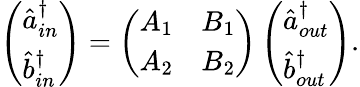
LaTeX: \left(\begin{array}{l}{\hat{a}_{in}^{\dagger}}\\ {\hat{b}_{in}^{\dagger}}\end{array}\right)=\left(\begin{array}{ll}{A_{1}}&{B_{1}}\\ {A_{2}}&{B_{2}}\end{array}\right)\left(\begin{array}{l}{\hat{a}_{out}^{\dagger}}\\ {\hat{b}_{out}^{\dagger}}\end{array}\right).